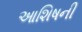
આશિષની